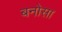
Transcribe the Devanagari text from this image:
बनोसा